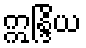
ဣန္ဒြိယ